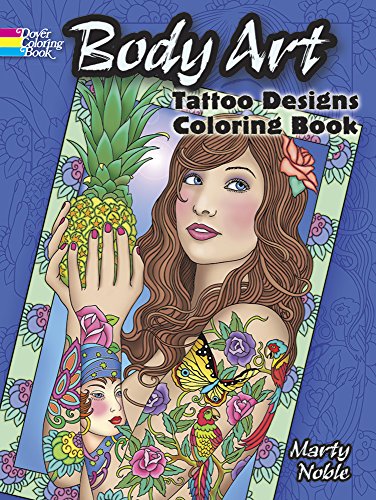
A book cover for Body Art: Tattoo Designs Coloring Book (Dover Design Coloring Books); Arts & Photography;